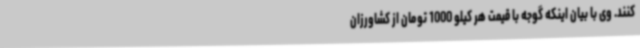
کنند. وی با بیان اینکه گوجه با قیمت هر کیلو 1000 تومان از کشاورزان